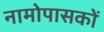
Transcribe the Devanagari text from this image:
नामोपासकों